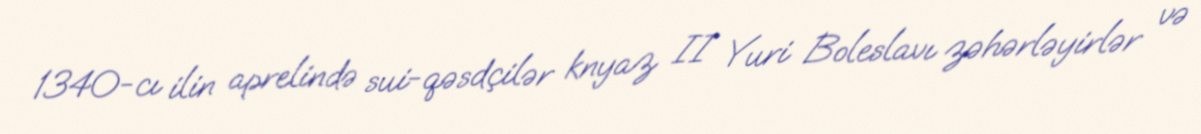
1340-cı ilin aprelində sui-qəsdçilər knyaz II Yuri Boleslavı zəhərləyirlər və